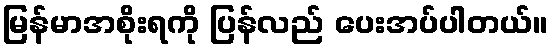
မြန်မာအစိုးရကို ပြန်လည် ပေးအပ်ပါတယ်။